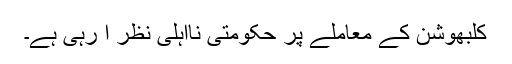
کلبھوشن کے معاملے پر حکومتی نااہلی نظر آ رہی ہے۔